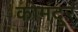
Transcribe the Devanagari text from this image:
कोमंदूर